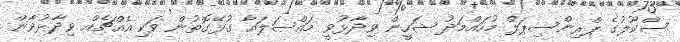
ސްކޫލުގެ ޕްރިންސިޕަލް މުހައްމަދު ޝަހީން ވިދާޅުވީ މައްސަލައާ ގުޅޭގޮތުން ވަކި އެއްޗެއް ވިދާޅުވާން